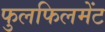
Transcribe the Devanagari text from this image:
फुलफिलमेंट